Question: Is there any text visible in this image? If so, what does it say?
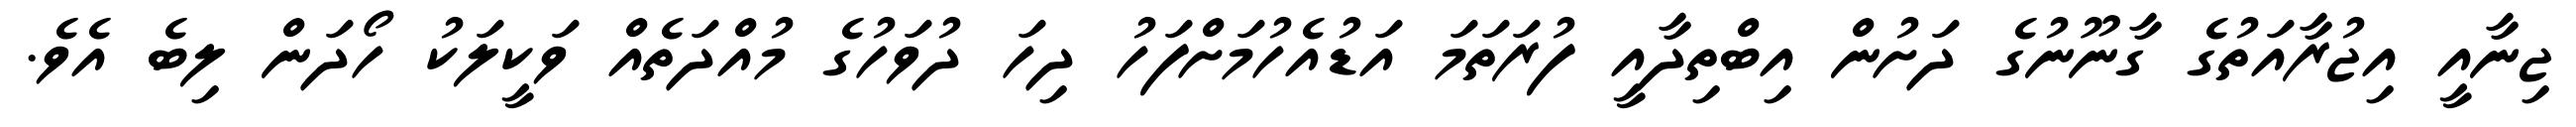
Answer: ޖިނާއީ އިޖުރާއަތުގެ ގާނޫނުގެ ދަށުން އިބްތިދާއީ ފުރަތަމަ އަޑުއެހުމަށްފަހު ދިހަ ދުވަހުގެ މުއްދަތެއް ވަކީލަކު ހޯދަން ލިބެ އެވެ.